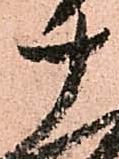
十